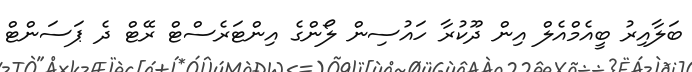
ބަލާއިރު ބީއެމްއެލް އިން ދޫކުރާ ހައުސިން ލޯންގެ އިންޓަރެސްޓް ރޭޓް ދެ ޕަސަންޓް